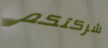
شركتكم